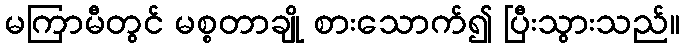
မကြာမီတွင် မစ္စတာချို စားသောက်၍ ပြီးသွားသည်။